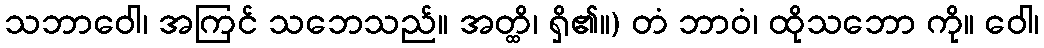
သဘာဝေါ၊ အကြင် သဘေသည်။ အတ္ထိ၊ ရှိ၏။) တံ ဘာဝံ၊ ထိုသဘော ကို။ ဝေါ၊